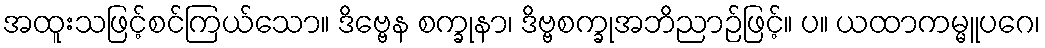
အထူးသဖြင့်စင်ကြယ်သော။ ဒိဗ္ဗေန စက္ခုနာ၊ ဒိဗ္ဗစက္ခုအဘိညာဉ်ဖြင့်။ ပ။ ယထာကမ္မူပဂေ၊